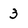
Character: 3